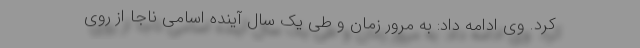
کرد. وی ادامه داد: به مرور زمان و طی یک سال آینده اسامی ناجا از روی